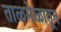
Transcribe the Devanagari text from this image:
ताळमेळातून